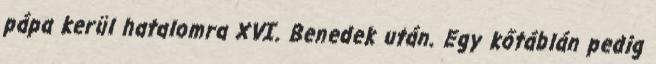
pápa kerül hatalomra XVI. Benedek után. Egy kőtáblán pedig